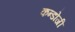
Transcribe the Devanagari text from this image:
कन्डोजी